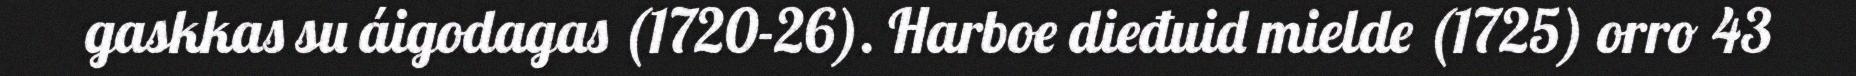
gaskkas su áigodagas (1720-26). Harboe dieđuid mielde (1725) orro 43